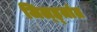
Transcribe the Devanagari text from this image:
जिल्ह्य़ांत